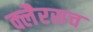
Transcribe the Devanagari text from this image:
क्लैरसच